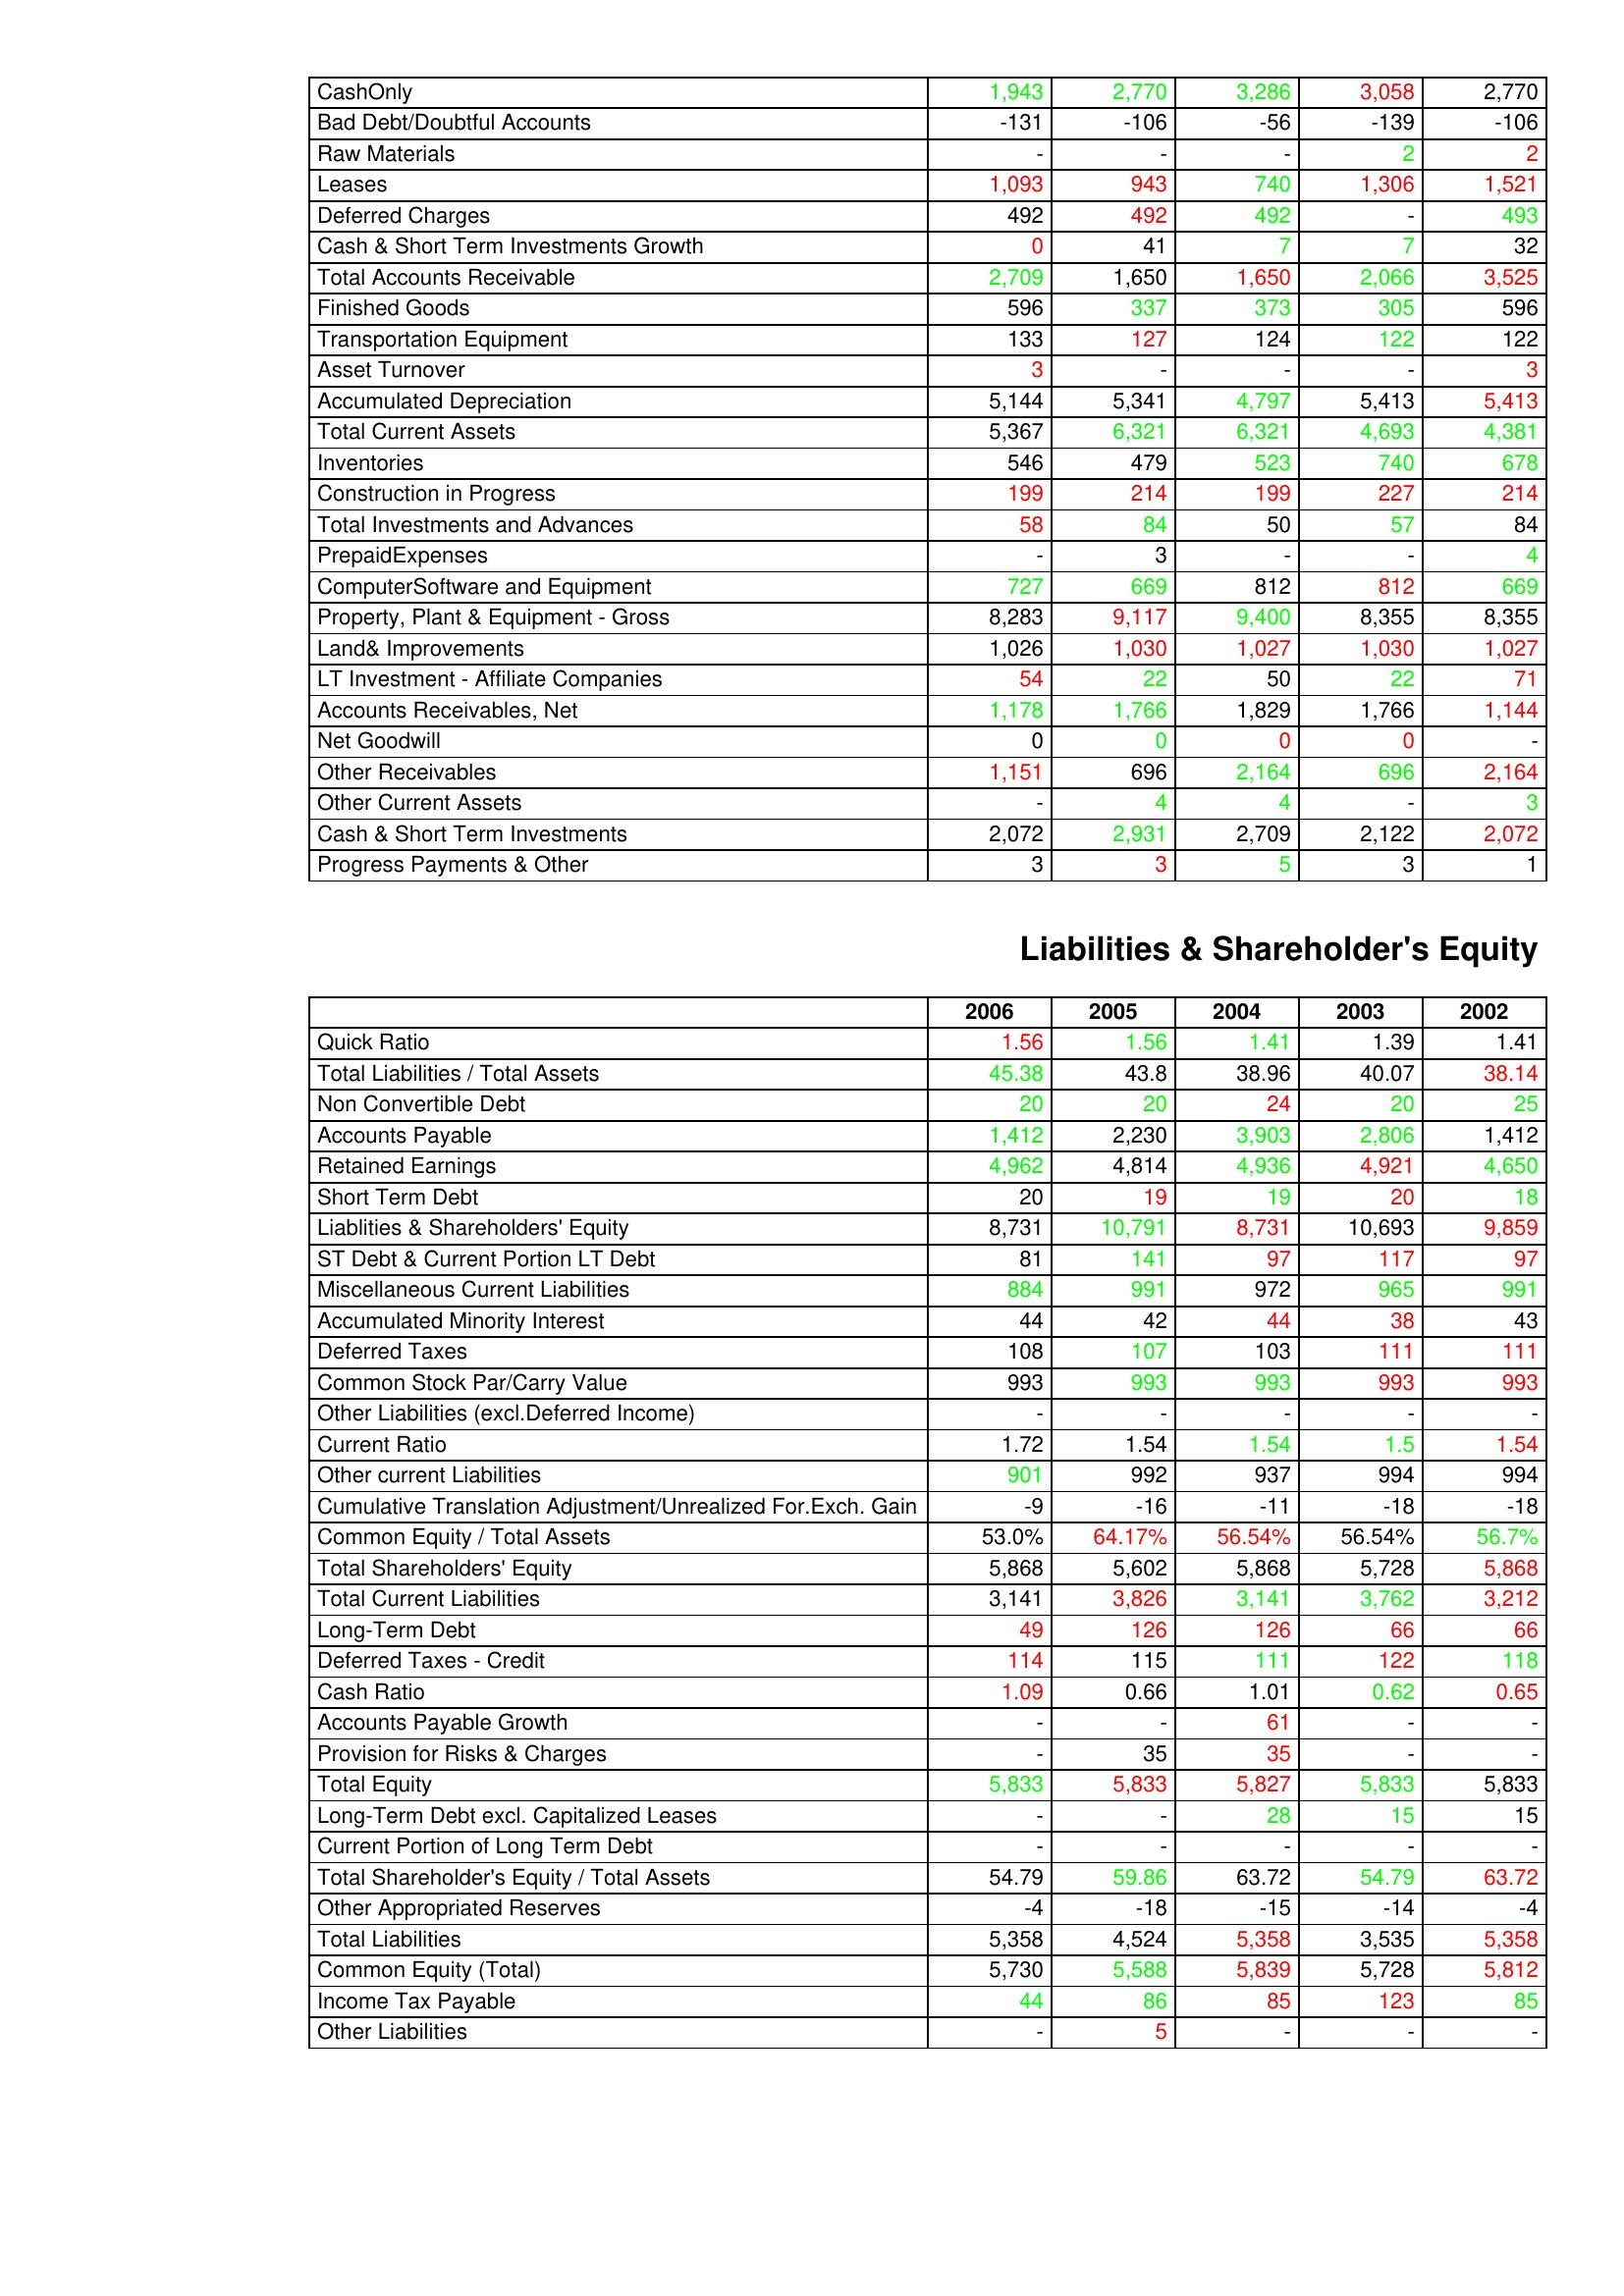
gt_parse: 2006: Assets: CashOnly: 1,943
Bad Debt/Doubtful Accounts: -131
Raw Materials: -
Leases: 1,093
Deferred Charges: 492
Cash & Short Term Investments Growth: 0
Total Accounts Receivable: 2,709
Finished Goods: 596
Transportation Equipment: 133
Asset Turnover: 3
Accumulated Depreciation: 5,144
Total Current Assets: 5,367
Inventories: 546
Construction in Progress: 199
Total Investments and Advances: 58
PrepaidExpenses: -
ComputerSoftware and Equipment: 727
Property, Plant & Equipment - Gross : 8,283
Land& Improvements: 1,026
LT Investment - Affiliate Companies: 54
Accounts Receivables, Net: 1,178
Net Goodwill: 0
Other Receivables: 1,151
Other Current Assets: -
Cash & Short Term Investments: 2,072
Progress Payments & Other: 3
Liabilities & Shareholder's Equity: Quick Ratio: 1.56
Total Liabilities / Total Assets: 45.38
Non Convertible Debt: 20
Accounts Payable: 1,412
Retained Earnings: 4,962
Short Term Debt: 20
Liablities & Shareholders' Equity: 8,731
ST Debt & Current Portion LT Debt: 81
Miscellaneous Current Liabilities: 884
Accumulated Minority Interest: 44
Deferred Taxes: 108
Common Stock Par/Carry Value: 993
Other Liabilities (excl.Deferred Income): -
Current Ratio: 1.72
Other current Liabilities: 901
Cumulative Translation Adjustment/Unrealized For.Exch. Gain: -9
Common Equity / Total Assets: 53.0%
Total Shareholders' Equity: 5,868
Total Current Liabilities: 3,141
Long-Term Debt: 49
Deferred Taxes - Credit: 114
Cash Ratio: 1.09
Accounts Payable Growth: -
Provision for Risks & Charges: -
Total Equity: 5,833
Long-Term Debt excl. Capitalized Leases: -
Current Portion of Long Term Debt: -
Total Shareholder's Equity / Total Assets: 54.79
Other Appropriated Reserves: -4
Total Liabilities: 5,358
Common Equity (Total): 5,730
Income Tax Payable: 44
Other Liabilities: -
2005: Assets: CashOnly: 2,770
Bad Debt/Doubtful Accounts: -106
Raw Materials: -
Leases: 943
Deferred Charges: 492
Cash & Short Term Investments Growth: 41
Total Accounts Receivable: 1,650
Finished Goods: 337
Transportation Equipment: 127
Asset Turnover: -
Accumulated Depreciation: 5,341
Total Current Assets: 6,321
Inventories: 479
Construction in Progress: 214
Total Investments and Advances: 84
PrepaidExpenses: 3
ComputerSoftware and Equipment: 669
Property, Plant & Equipment - Gross : 9,117
Land& Improvements: 1,030
LT Investment - Affiliate Companies: 22
Accounts Receivables, Net: 1,766
Net Goodwill: 0
Other Receivables: 696
Other Current Assets: 4
Cash & Short Term Investments: 2,931
Progress Payments & Other: 3
Liabilities & Shareholder's Equity: Quick Ratio: 1.56
Total Liabilities / Total Assets: 43.8
Non Convertible Debt: 20
Accounts Payable: 2,230
Retained Earnings: 4,814
Short Term Debt: 19
Liablities & Shareholders' Equity: 10,791
ST Debt & Current Portion LT Debt: 141
Miscellaneous Current Liabilities: 991
Accumulated Minority Interest: 42
Deferred Taxes: 107
Common Stock Par/Carry Value: 993
Other Liabilities (excl.Deferred Income): -
Current Ratio: 1.54
Other current Liabilities: 992
Cumulative Translation Adjustment/Unrealized For.Exch. Gain: -16
Common Equity / Total Assets: 64.17%
Total Shareholders' Equity: 5,602
Total Current Liabilities: 3,826
Long-Term Debt: 126
Deferred Taxes - Credit: 115
Cash Ratio: 0.66
Accounts Payable Growth: -
Provision for Risks & Charges: 35
Total Equity: 5,833
Long-Term Debt excl. Capitalized Leases: -
Current Portion of Long Term Debt: -
Total Shareholder's Equity / Total Assets: 59.86
Other Appropriated Reserves: -18
Total Liabilities: 4,524
Common Equity (Total): 5,588
Income Tax Payable: 86
Other Liabilities: 5
2004: Assets: CashOnly: 3,286
Bad Debt/Doubtful Accounts: -56
Raw Materials: -
Leases: 740
Deferred Charges: 492
Cash & Short Term Investments Growth: 7
Total Accounts Receivable: 1,650
Finished Goods: 373
Transportation Equipment: 124
Asset Turnover: -
Accumulated Depreciation: 4,797
Total Current Assets: 6,321
Inventories: 523
Construction in Progress: 199
Total Investments and Advances: 50
PrepaidExpenses: -
ComputerSoftware and Equipment: 812
Property, Plant & Equipment - Gross : 9,400
Land& Improvements: 1,027
LT Investment - Affiliate Companies: 50
Accounts Receivables, Net: 1,829
Net Goodwill: 0
Other Receivables: 2,164
Other Current Assets: 4
Cash & Short Term Investments: 2,709
Progress Payments & Other: 5
Liabilities & Shareholder's Equity: Quick Ratio: 1.41
Total Liabilities / Total Assets: 38.96
Non Convertible Debt: 24
Accounts Payable: 3,903
Retained Earnings: 4,936
Short Term Debt: 19
Liablities & Shareholders' Equity: 8,731
ST Debt & Current Portion LT Debt: 97
Miscellaneous Current Liabilities: 972
Accumulated Minority Interest: 44
Deferred Taxes: 103
Common Stock Par/Carry Value: 993
Other Liabilities (excl.Deferred Income): -
Current Ratio: 1.54
Other current Liabilities: 937
Cumulative Translation Adjustment/Unrealized For.Exch. Gain: -11
Common Equity / Total Assets: 56.54%
Total Shareholders' Equity: 5,868
Total Current Liabilities: 3,141
Long-Term Debt: 126
Deferred Taxes - Credit: 111
Cash Ratio: 1.01
Accounts Payable Growth: 61
Provision for Risks & Charges: 35
Total Equity: 5,827
Long-Term Debt excl. Capitalized Leases: 28
Current Portion of Long Term Debt: -
Total Shareholder's Equity / Total Assets: 63.72
Other Appropriated Reserves: -15
Total Liabilities: 5,358
Common Equity (Total): 5,839
Income Tax Payable: 85
Other Liabilities: -
2003: Assets: CashOnly: 3,058
Bad Debt/Doubtful Accounts: -139
Raw Materials: 2
Leases: 1,306
Deferred Charges: -
Cash & Short Term Investments Growth: 7
Total Accounts Receivable: 2,066
Finished Goods: 305
Transportation Equipment: 122
Asset Turnover: -
Accumulated Depreciation: 5,413
Total Current Assets: 4,693
Inventories: 740
Construction in Progress: 227
Total Investments and Advances: 57
PrepaidExpenses: -
ComputerSoftware and Equipment: 812
Property, Plant & Equipment - Gross : 8,355
Land& Improvements: 1,030
LT Investment - Affiliate Companies: 22
Accounts Receivables, Net: 1,766
Net Goodwill: 0
Other Receivables: 696
Other Current Assets: -
Cash & Short Term Investments: 2,122
Progress Payments & Other: 3
Liabilities & Shareholder's Equity: Quick Ratio: 1.39
Total Liabilities / Total Assets: 40.07
Non Convertible Debt: 20
Accounts Payable: 2,806
Retained Earnings: 4,921
Short Term Debt: 20
Liablities & Shareholders' Equity: 10,693
ST Debt & Current Portion LT Debt: 117
Miscellaneous Current Liabilities: 965
Accumulated Minority Interest: 38
Deferred Taxes: 111
Common Stock Par/Carry Value: 993
Other Liabilities (excl.Deferred Income): -
Current Ratio: 1.5
Other current Liabilities: 994
Cumulative Translation Adjustment/Unrealized For.Exch. Gain: -18
Common Equity / Total Assets: 56.54%
Total Shareholders' Equity: 5,728
Total Current Liabilities: 3,762
Long-Term Debt: 66
Deferred Taxes - Credit: 122
Cash Ratio: 0.62
Accounts Payable Growth: -
Provision for Risks & Charges: -
Total Equity: 5,833
Long-Term Debt excl. Capitalized Leases: 15
Current Portion of Long Term Debt: -
Total Shareholder's Equity / Total Assets: 54.79
Other Appropriated Reserves: -14
Total Liabilities: 3,535
Common Equity (Total): 5,728
Income Tax Payable: 123
Other Liabilities: -
2002: Assets: CashOnly: 2,770
Bad Debt/Doubtful Accounts: -106
Raw Materials: 2
Leases: 1,521
Deferred Charges: 493
Cash & Short Term Investments Growth: 32
Total Accounts Receivable: 3,525
Finished Goods: 596
Transportation Equipment: 122
Asset Turnover: 3
Accumulated Depreciation: 5,413
Total Current Assets: 4,381
Inventories: 678
Construction in Progress: 214
Total Investments and Advances: 84
PrepaidExpenses: 4
ComputerSoftware and Equipment: 669
Property, Plant & Equipment - Gross : 8,355
Land& Improvements: 1,027
LT Investment - Affiliate Companies: 71
Accounts Receivables, Net: 1,144
Net Goodwill: -
Other Receivables: 2,164
Other Current Assets: 3
Cash & Short Term Investments: 2,072
Progress Payments & Other: 1
Liabilities & Shareholder's Equity: Quick Ratio: 1.41
Total Liabilities / Total Assets: 38.14
Non Convertible Debt: 25
Accounts Payable: 1,412
Retained Earnings: 4,650
Short Term Debt: 18
Liablities & Shareholders' Equity: 9,859
ST Debt & Current Portion LT Debt: 97
Miscellaneous Current Liabilities: 991
Accumulated Minority Interest: 43
Deferred Taxes: 111
Common Stock Par/Carry Value: 993
Other Liabilities (excl.Deferred Income): -
Current Ratio: 1.54
Other current Liabilities: 994
Cumulative Translation Adjustment/Unrealized For.Exch. Gain: -18
Common Equity / Total Assets: 56.7%
Total Shareholders' Equity: 5,868
Total Current Liabilities: 3,212
Long-Term Debt: 66
Deferred Taxes - Credit: 118
Cash Ratio: 0.65
Accounts Payable Growth: -
Provision for Risks & Charges: -
Total Equity: 5,833
Long-Term Debt excl. Capitalized Leases: 15
Current Portion of Long Term Debt: -
Total Shareholder's Equity / Total Assets: 63.72
Other Appropriated Reserves: -4
Total Liabilities: 5,358
Common Equity (Total): 5,812
Income Tax Payable: 85
Other Liabilities: -